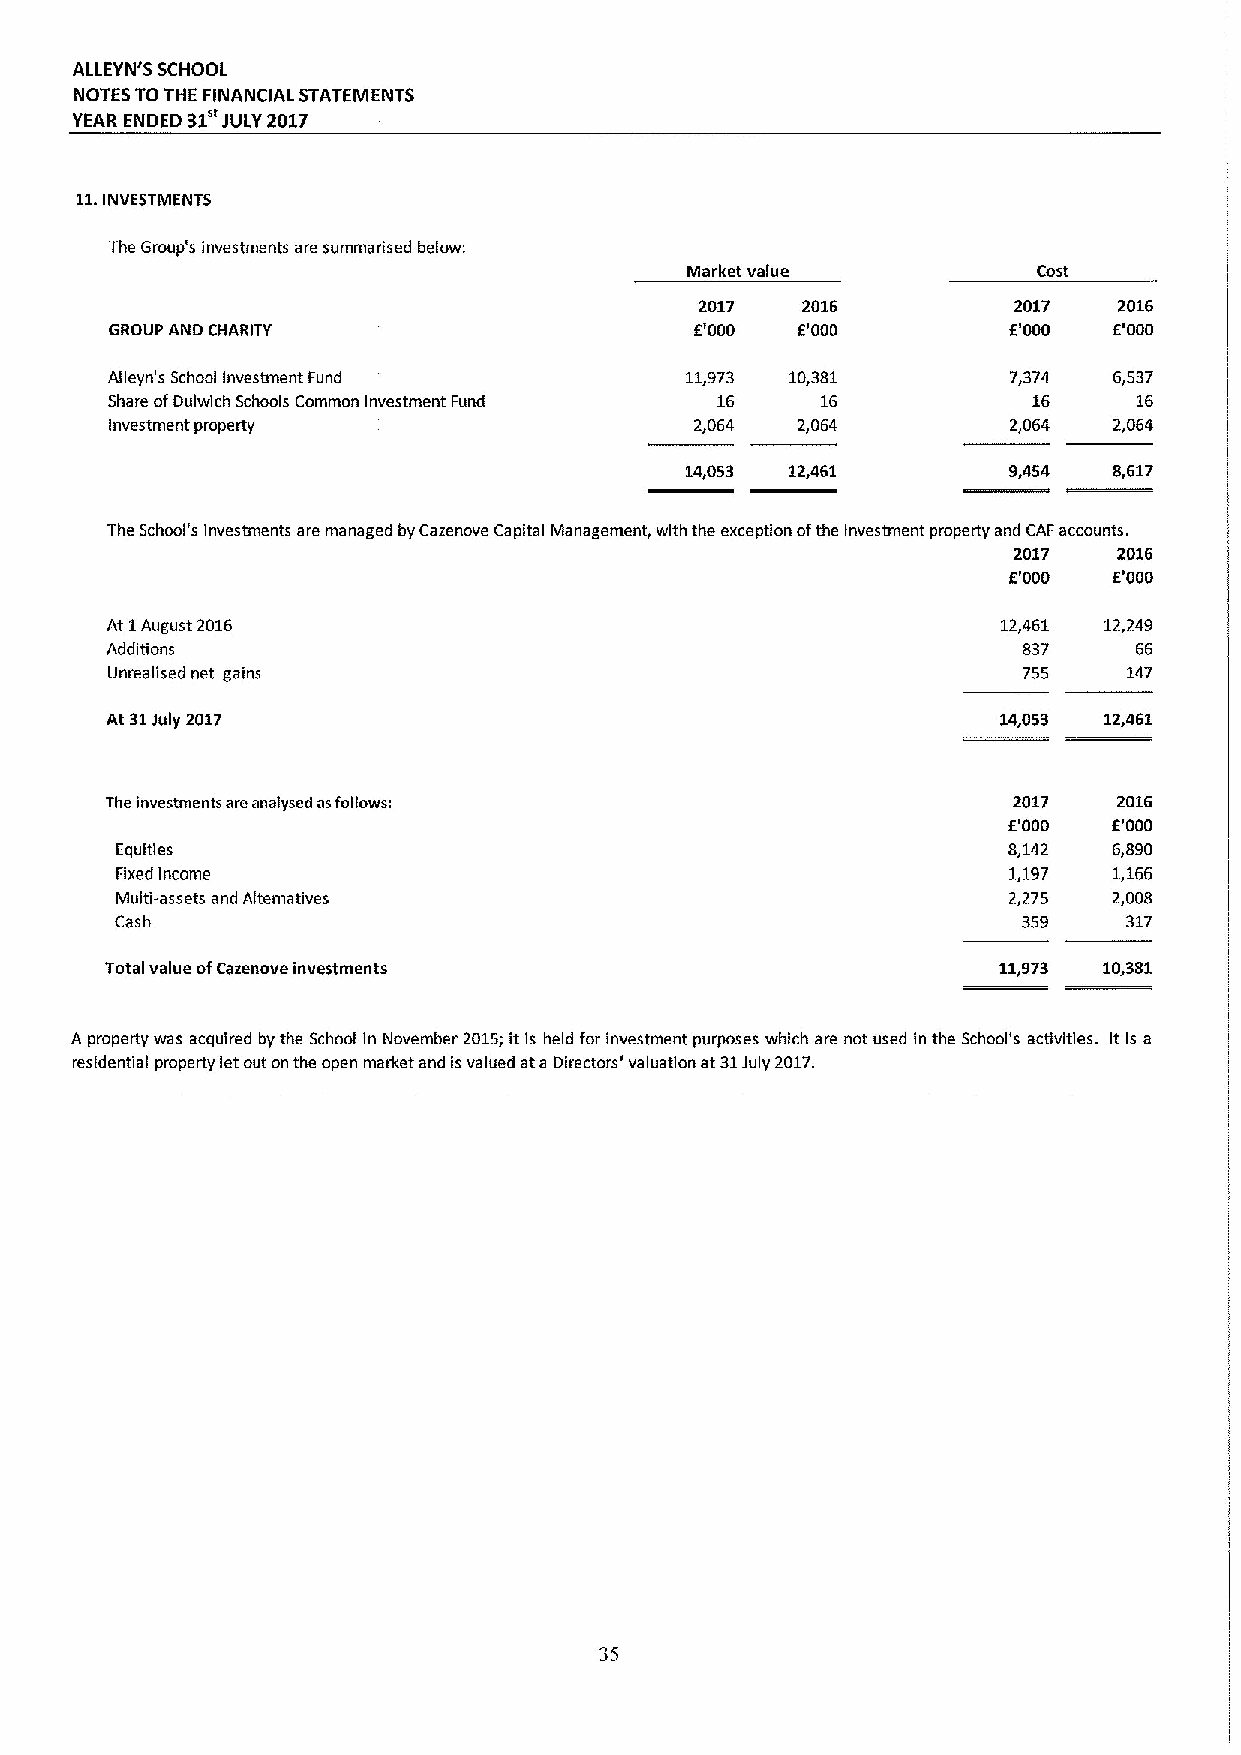
ALLEYN'5 SCHOOL
 NOTES TOTHE FINANCIAL STATEMENTS
 YEAR ENDED 31 JULY2017
 11.INVESTMENTS
 The Group's investments are summarised below:
 Market value            Cost
 2017   2016          2017   2016
 GROUP AND CHARITY                      f'000  f'000         E'000  f'000
 Alleyn's School investment Fund       11,973 10,381         7,374  6,537
 Share ofDulwich Schools Common Investment Fund 16 16         16     16
 Investment property                    2,064  2,064         2,064  2,064
 14,053 12,461         9,454  8,617
 The School's investments are managed by Cazenove Capital Management, with the exception ofthe investment property and CAFaccounts.
 2017   2016
 f'000  f'000
 At 1August 2016                                            12,461 12,249
 Additions                                                    837    66
 Unrealised net gains                                         755    147
 At 31July 2017                                             14,053 12,461
 The investments are anaiysed asfollows:                     2017   2016
 f.'000 E'000
 Equities                                                   8,142  6,890
 Fixed income                                               1,197  1,166
 Multi-assets and Alternatives                              2,275  2,008
 Cash                                                        359    317
 Total value ofCazenove investments                         11,973 10,381
 A property was acquired by the School in November 2015;it is held for investment purposes which are not used in the School's activities. It is a
 residential property let out on the open market and is valued ata Directors' valuation at 31July 2017.
 35